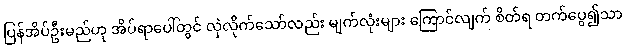
ပြန်အိပ်ဦးမည်ဟု အိပ်ရာပေါ်တွင် လှဲလိုက်သော်လည်း မျက်လုံးများ ကြောင်လျက် စိတ်ရ တက်ပွေ၍သာ